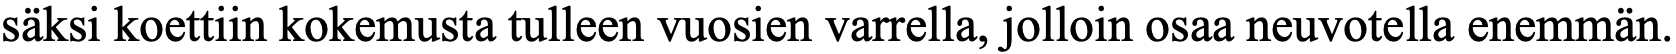
säksi koettiin kokemusta tulleen vuosien varrella, jolloin osaa neuvotella enemmän.